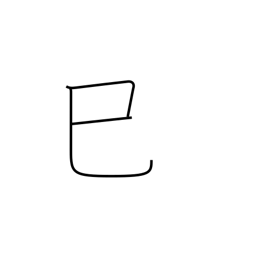
Meaning: sign of the snake or serpent